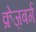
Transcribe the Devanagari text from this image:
क्रेज़बर्ग